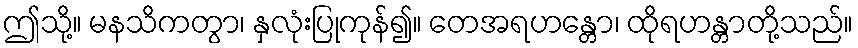
ဤသို့။ မနသိကတွာ၊ နှလုံးပြုကုန်၍။ တေအရဟန္တော၊ ထိုရဟန္တာတို့သည်။